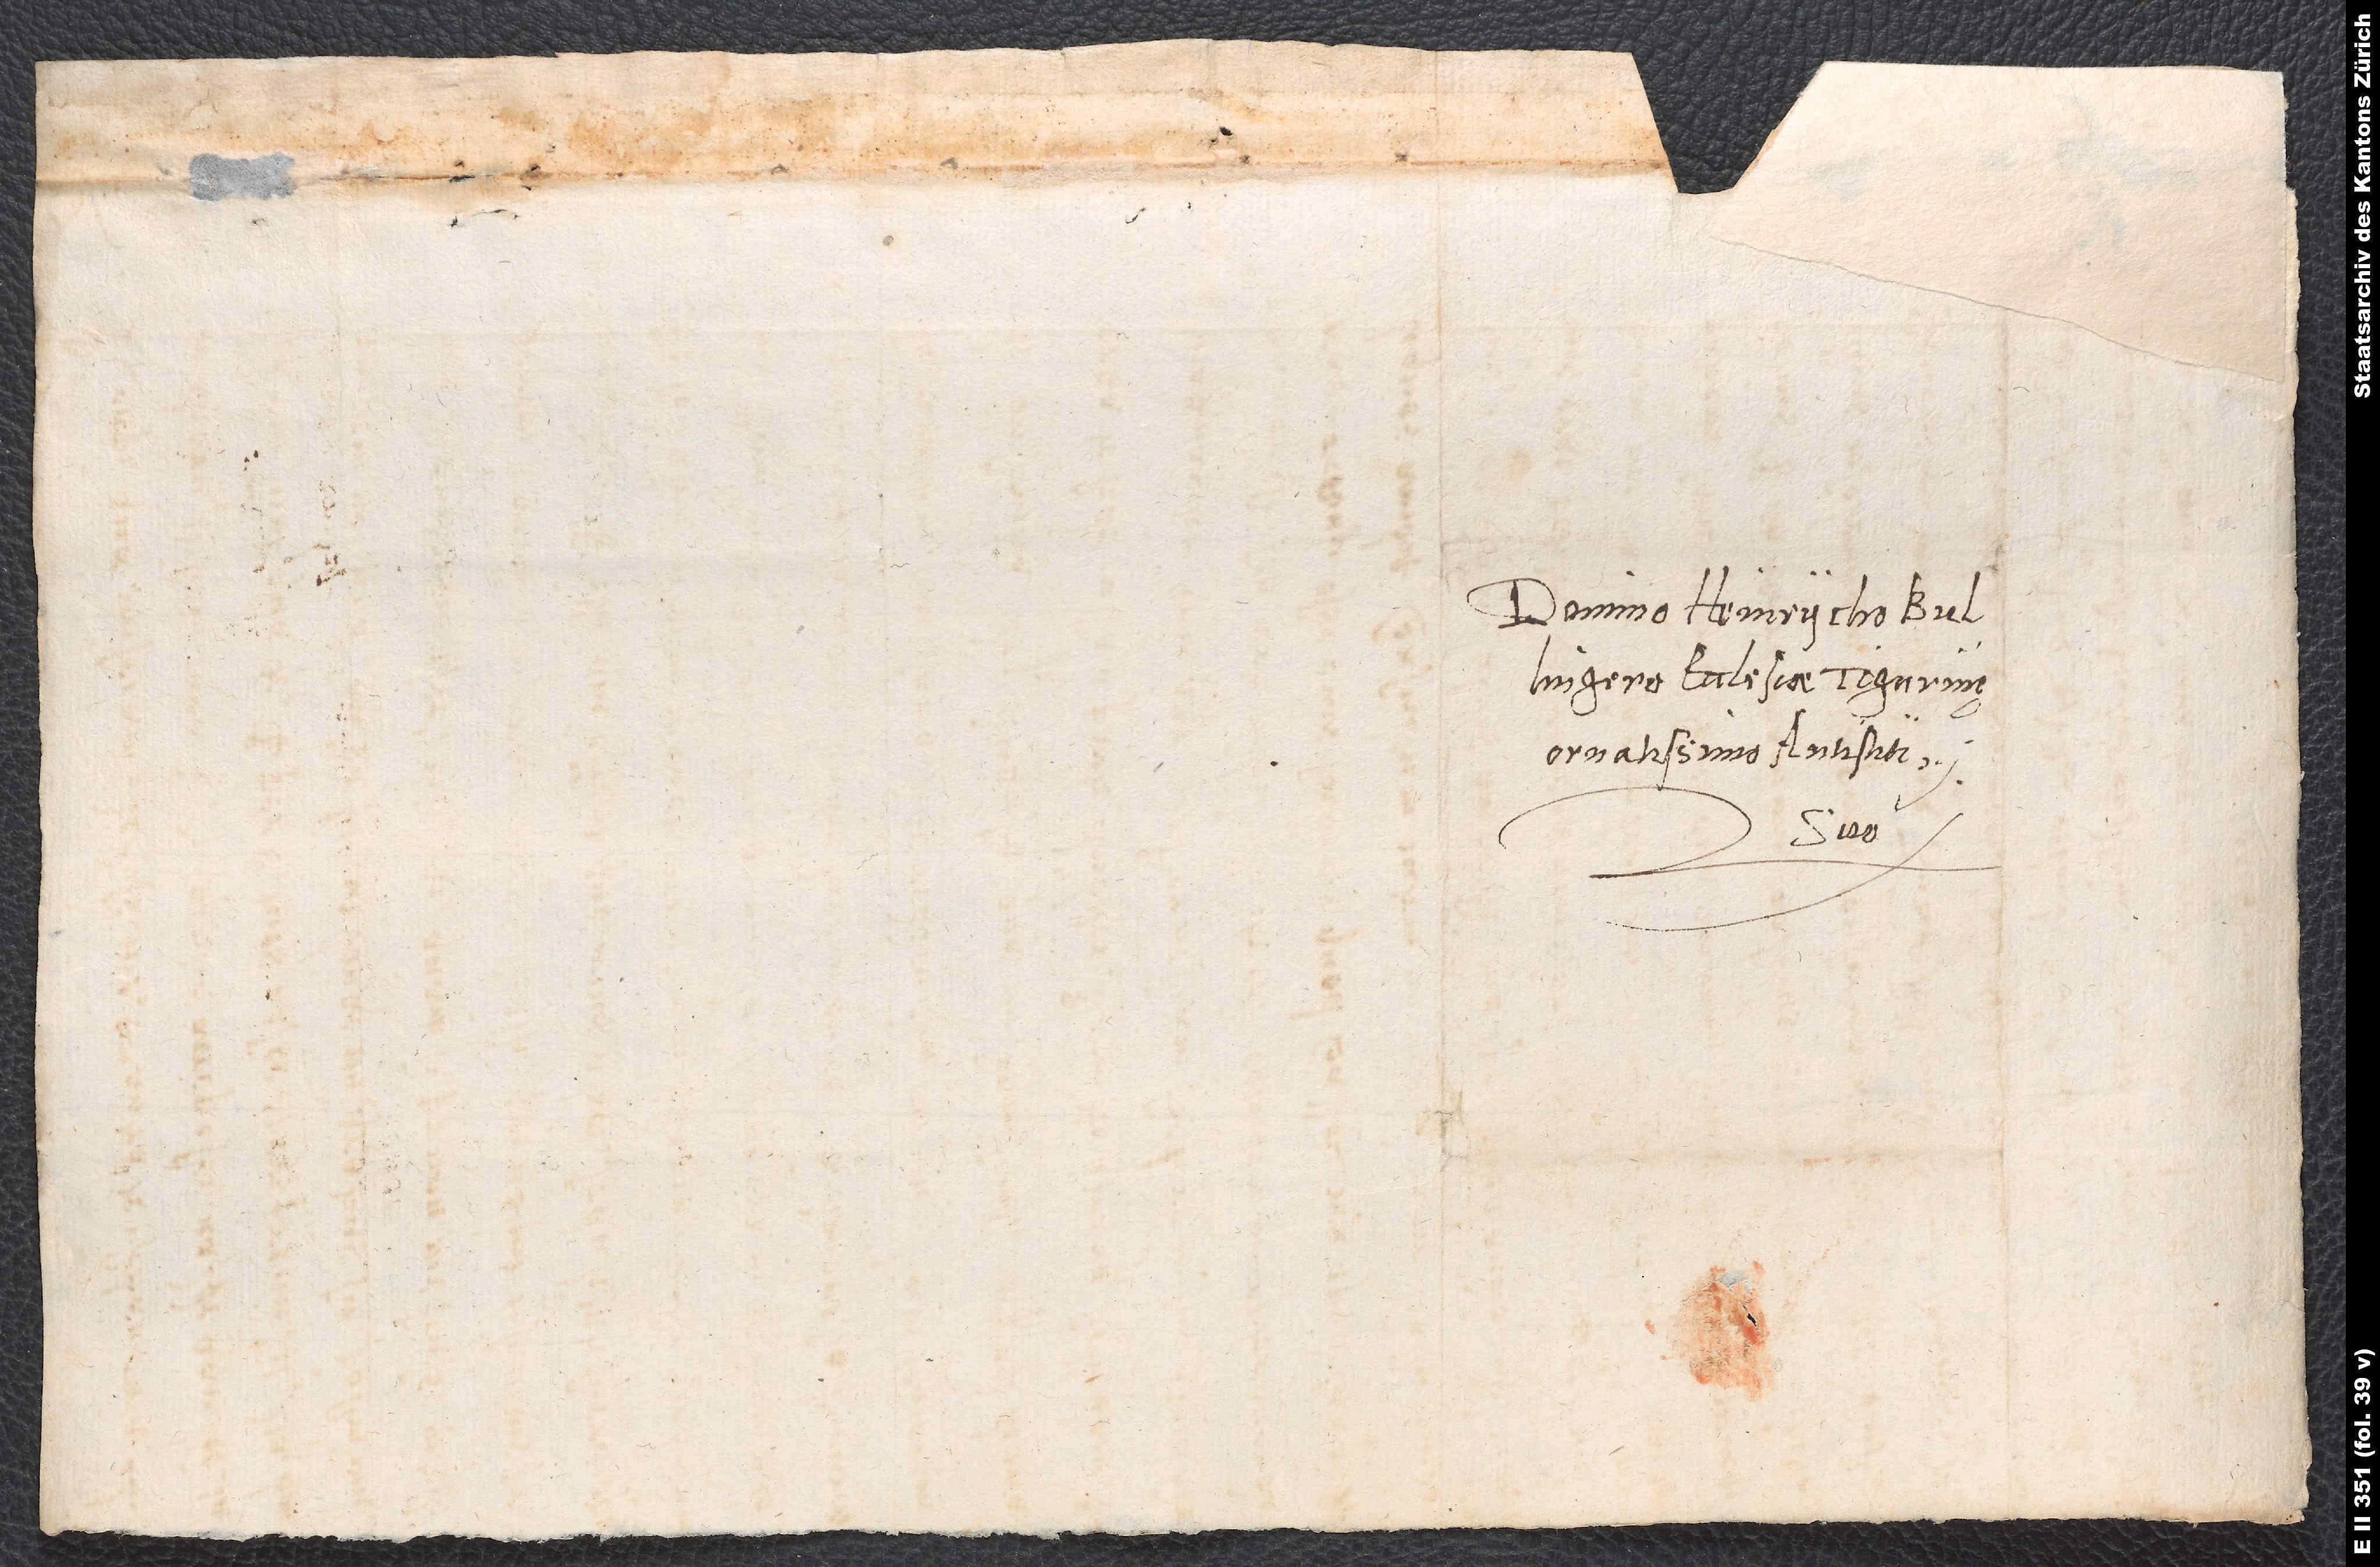
Domino Heinrycho Bullingero,
ecclesiae Tigurinę
ornatissimo antistiti